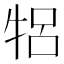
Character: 𬌞